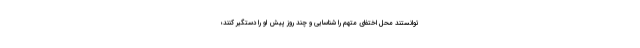
توانستند محل اختفای متهم را شناسایی و چند روز پیش او را دستگیر کنند؛